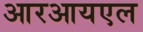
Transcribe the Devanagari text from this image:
आरआयएल